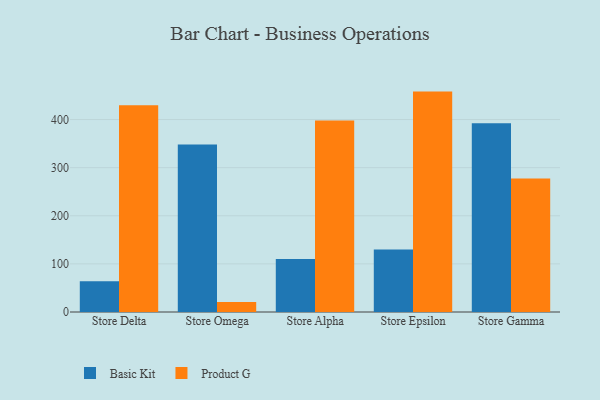
{"axis": {"x": "Store", "y": "Energy Usage (MWh)"}, "legend": ["Basic Kit", "Product G"], "data": [{"x": "Store Delta", "y": 63.8, "type": "Basic Kit"}, {"x": "Store Delta", "y": 429.8, "type": "Product G"}, {"x": "Store Omega", "y": 348.3, "type": "Basic Kit"}, {"x": "Store Omega", "y": 21.0, "type": "Product G"}, {"x": "Store Alpha", "y": 110.1, "type": "Basic Kit"}, {"x": "Store Alpha", "y": 397.9, "type": "Product G"}, {"x": "Store Epsilon", "y": 129.8, "type": "Basic Kit"}, {"x": "Store Epsilon", "y": 458.1, "type": "Product G"}, {"x": "Store Gamma", "y": 392.3, "type": "Basic Kit"}, {"x": "Store Gamma", "y": 277.7, "type": "Product G"}]}